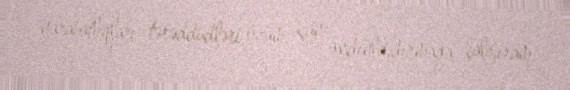
narahatlıqları, tərəddüdləri özüm üçün aydınlaşdırmağa çalışıram.